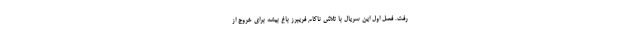
رفت. فصل اول این سریال با تلاش ناکام فریبرز باغ بیشه برای خروج از